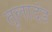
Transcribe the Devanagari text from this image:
तुलादंड